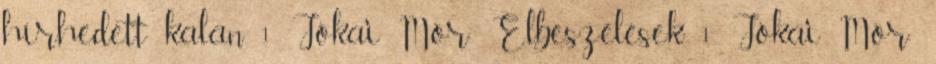
hírhedett kalan 1 Jókai Mór: Elbeszélések 1 Jókai Mór: